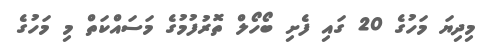
މިދިޔަ މަހުގެ 20 ގައި ފެށި ބޯހޯލް ތޮރުފުމުގެ މަސައްކަތް މި މަހުގެ